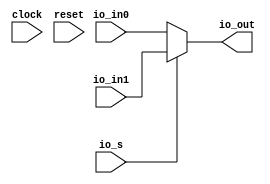
// This program was cloned from: https://github.com/wilfredkisku/CHISEL3-PROJECTS
// License: The Unlicense

module MyMux(
  input   clock,
  input   reset,
  input   io_s,
  input   io_in0,
  input   io_in1,
  output  io_out
);
  assign io_out = io_s ? io_in1 : io_in0; // @[myMux.scala 14:16]
endmodule